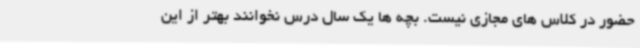
حضور در کلاس های مجازی نیست. بچه ها یک سال درس نخوانند بهتر از این